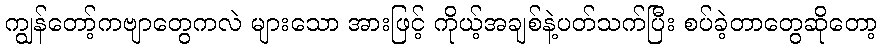
ကျွန်တော့်ကဗျာတွေကလဲ များသော အားဖြင့် ကိုယ့်အချစ်နဲ့ပတ်သက်ပြီး စပ်ခဲ့တာတွေဆိုတော့